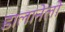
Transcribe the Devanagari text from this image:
डालानेलो